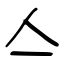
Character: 亼